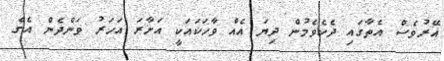
އޭރުވެސް އެތާގައި ދެކެވެމުން ދިޔަ އެއް ވާހަކައަކީ އަށާރަ އަހަރު ވަންދެން އެގެ